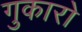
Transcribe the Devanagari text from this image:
गुकारो